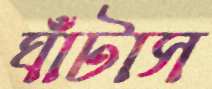
ঘাঁটাস